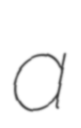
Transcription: a